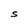
Character: S